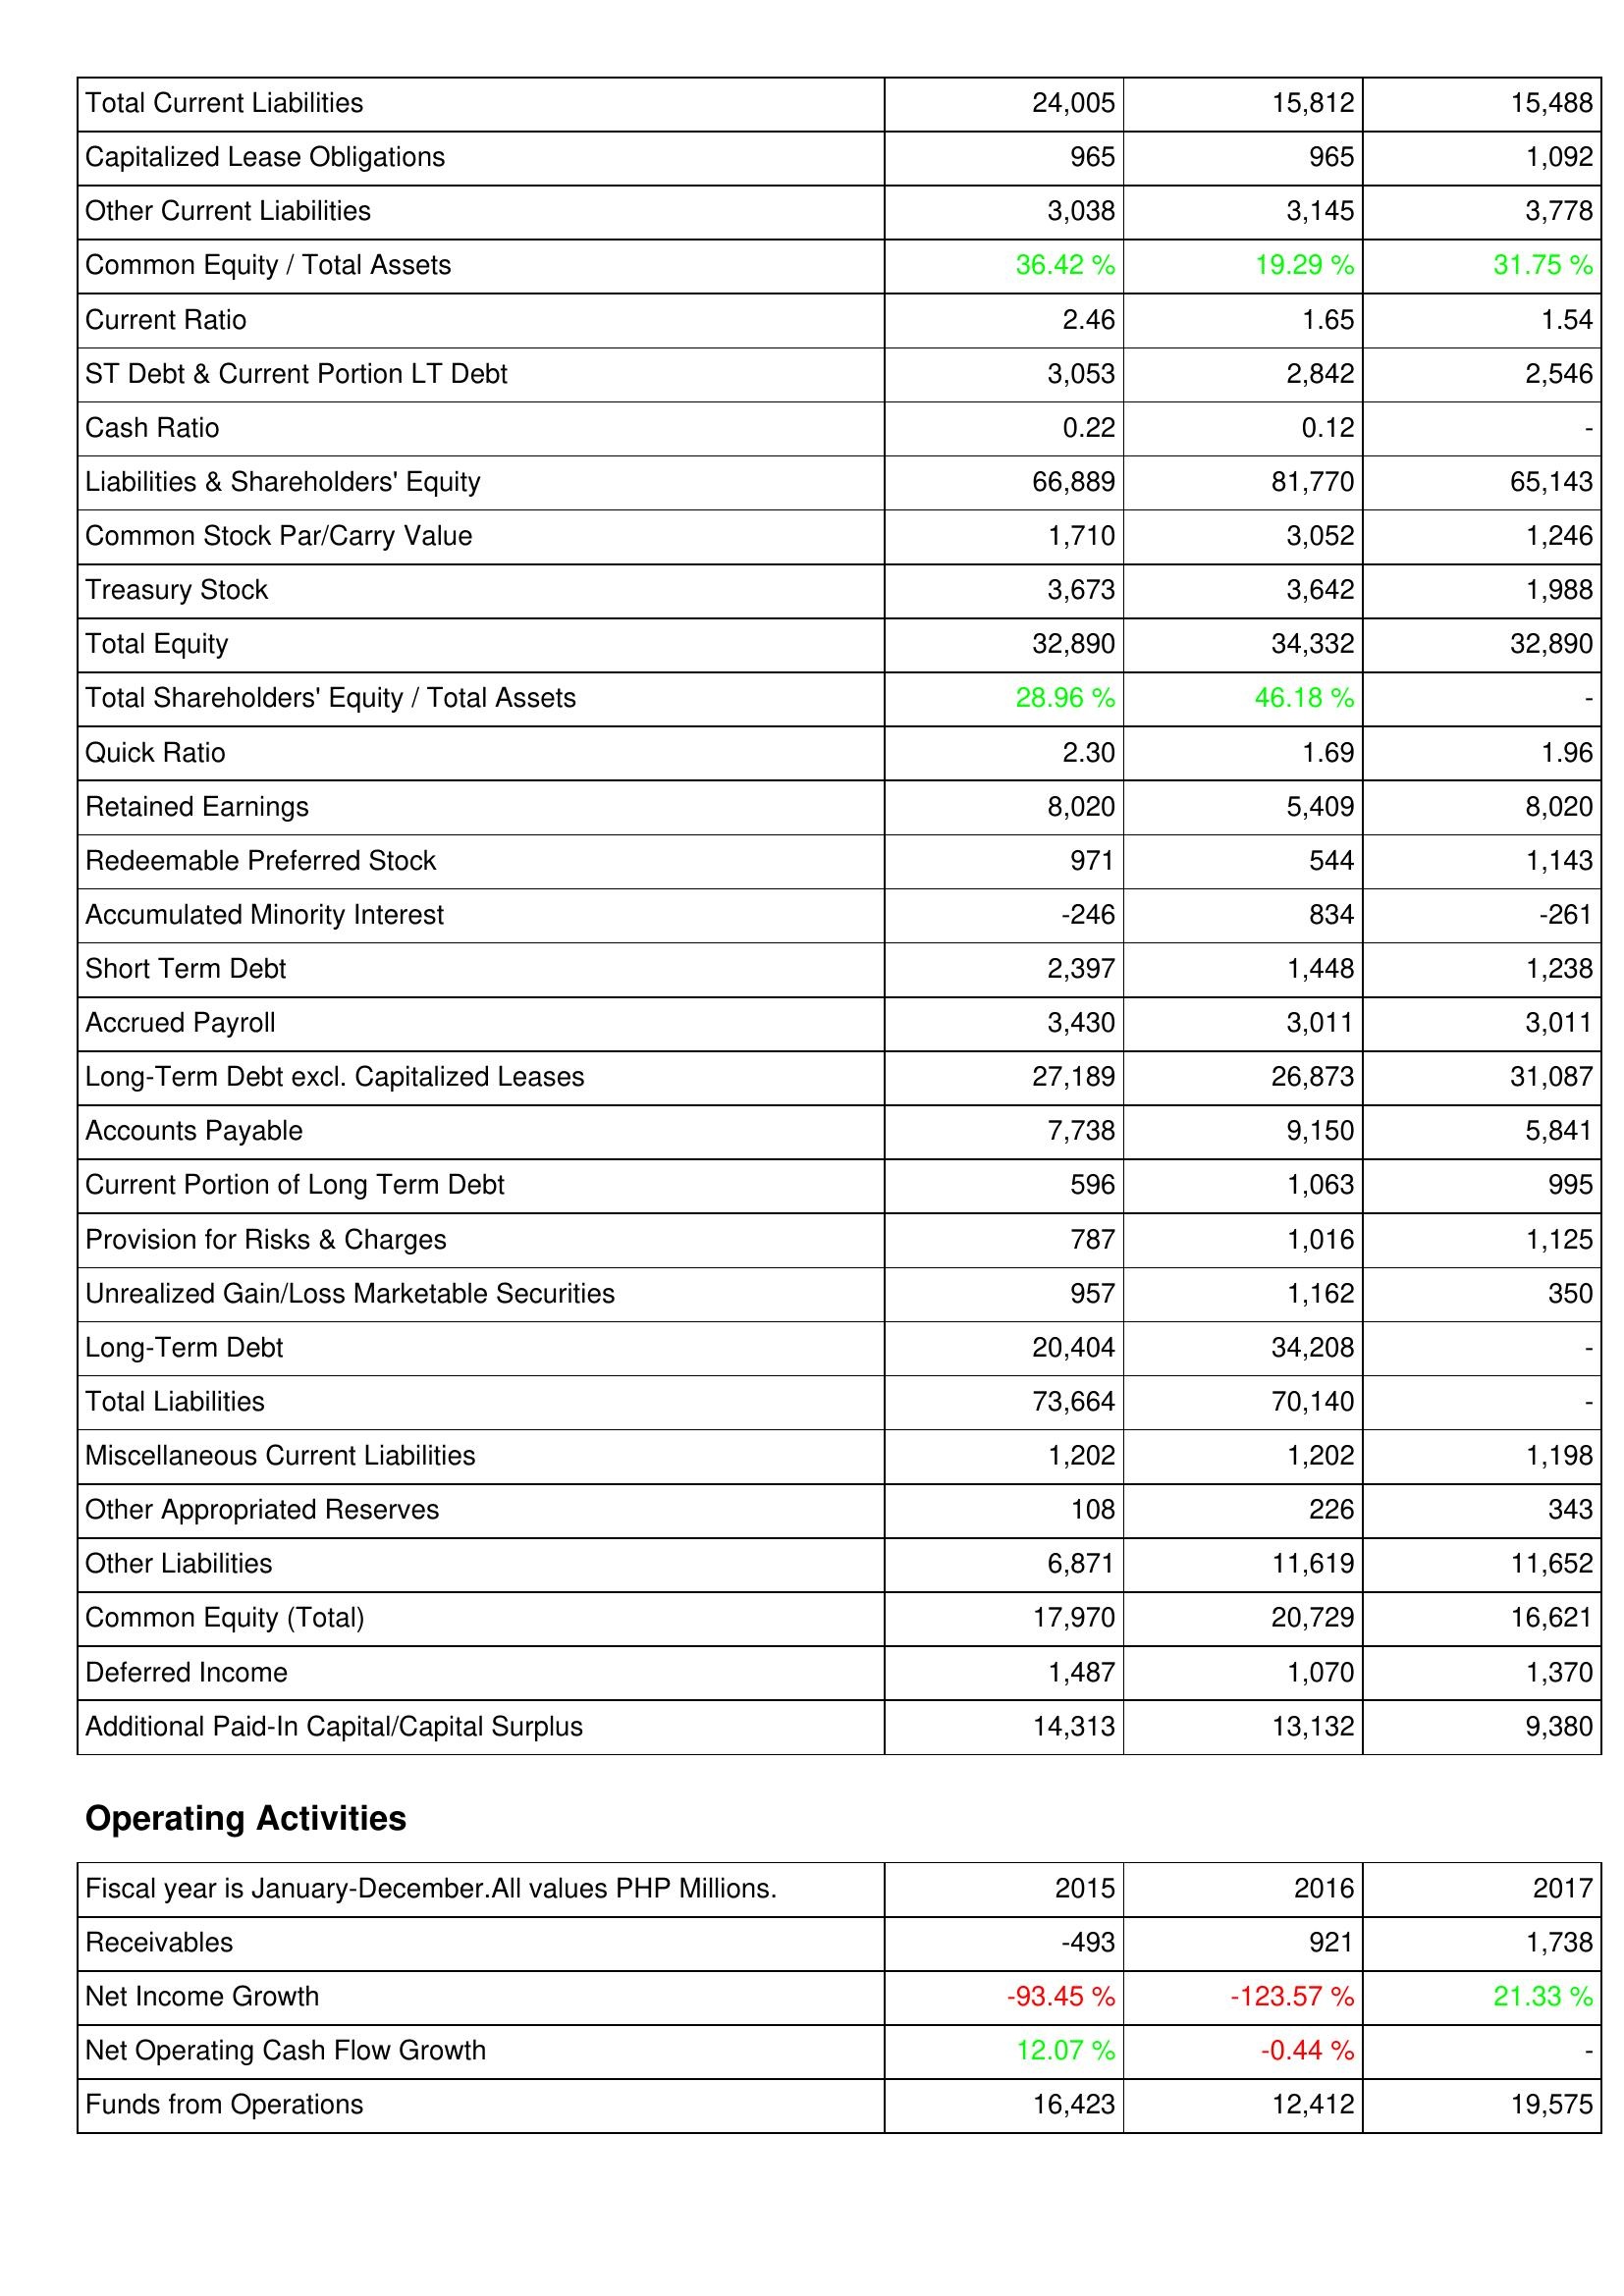
2015: Liabilities & Shareholders' Equity: Total Current Liabilities: 24,005
Capitalized Lease Obligations: 965
Other Current Liabilities: 3,038
Common Equity / Total Assets: 36.42 %
Current Ratio: 2.46
ST Debt & Current Portion LT Debt: 3,053
Cash Ratio: 0.22
Liabilities & Shareholders' Equity: 66,889
Common Stock Par/Carry Value: 1,710
Treasury Stock: 3,673
Total Equity: 32,890
Total Shareholders' Equity / Total Assets: 28.96 %
Quick Ratio: 2.30
Retained Earnings: 8,020
Redeemable Preferred Stock: 971
Accumulated Minority Interest: -246
Short Term Debt: 2,397
Accrued Payroll: 3,430
Long-Term Debt excl. Capitalized Leases: 27,189
Accounts Payable: 7,738
Current Portion of Long Term Debt: 596
Provision for Risks & Charges: 787
Unrealized Gain/Loss Marketable Securities: 957
Long-Term Debt: 20,404
Total Liabilities: 73,664
Miscellaneous Current Liabilities: 1,202
Other Appropriated Reserves: 108
Other Liabilities: 6,871
Common Equity (Total): 17,970
Deferred Income: 1,487
Additional Paid-In Capital/Capital Surplus: 14,313
Operating Activities: Receivables: -493
Net Income Growth: -93.45 %
Net Operating Cash Flow Growth: 12.07 %
Funds from Operations: 16,423
2016: Liabilities & Shareholders' Equity: Total Current Liabilities: 15,812
Capitalized Lease Obligations: 965
Other Current Liabilities: 3,145
Common Equity / Total Assets: 19.29 %
Current Ratio: 1.65
ST Debt & Current Portion LT Debt: 2,842
Cash Ratio: 0.12
Liabilities & Shareholders' Equity: 81,770
Common Stock Par/Carry Value: 3,052
Treasury Stock: 3,642
Total Equity: 34,332
Total Shareholders' Equity / Total Assets: 46.18 %
Quick Ratio: 1.69
Retained Earnings: 5,409
Redeemable Preferred Stock: 544
Accumulated Minority Interest: 834
Short Term Debt: 1,448
Accrued Payroll: 3,011
Long-Term Debt excl. Capitalized Leases: 26,873
Accounts Payable: 9,150
Current Portion of Long Term Debt: 1,063
Provision for Risks & Charges: 1,016
Unrealized Gain/Loss Marketable Securities: 1,162
Long-Term Debt: 34,208
Total Liabilities: 70,140
Miscellaneous Current Liabilities: 1,202
Other Appropriated Reserves: 226
Other Liabilities: 11,619
Common Equity (Total): 20,729
Deferred Income: 1,070
Additional Paid-In Capital/Capital Surplus: 13,132
Operating Activities: Receivables: 921
Net Income Growth: -123.57 %
Net Operating Cash Flow Growth: -0.44 %
Funds from Operations: 12,412
2017: Liabilities & Shareholders' Equity: Total Current Liabilities: 15,488
Capitalized Lease Obligations: 1,092
Other Current Liabilities: 3,778
Common Equity / Total Assets: 31.75 %
Current Ratio: 1.54
ST Debt & Current Portion LT Debt: 2,546
Cash Ratio: -
Liabilities & Shareholders' Equity: 65,143
Common Stock Par/Carry Value: 1,246
Treasury Stock: 1,988
Total Equity: 32,890
Total Shareholders' Equity / Total Assets: -
Quick Ratio: 1.96
Retained Earnings: 8,020
Redeemable Preferred Stock: 1,143
Accumulated Minority Interest: -261
Short Term Debt: 1,238
Accrued Payroll: 3,011
Long-Term Debt excl. Capitalized Leases: 31,087
Accounts Payable: 5,841
Current Portion of Long Term Debt: 995
Provision for Risks & Charges: 1,125
Unrealized Gain/Loss Marketable Securities: 350
Long-Term Debt: -
Total Liabilities: -
Miscellaneous Current Liabilities: 1,198
Other Appropriated Reserves: 343
Other Liabilities: 11,652
Common Equity (Total): 16,621
Deferred Income: 1,370
Additional Paid-In Capital/Capital Surplus: 9,380
Operating Activities: Receivables: 1,738
Net Income Growth: 21.33 %
Net Operating Cash Flow Growth: -
Funds from Operations: 19,575